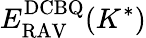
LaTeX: E_{\mathrm{RAV}}^{\mathrm{DCBQ}}(K^{\ast})